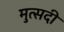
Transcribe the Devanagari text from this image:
मुत्सदी